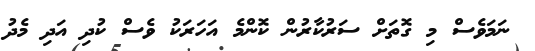
ނަމަވެސް މި ގޮތަށް ސަރުކާރުން ކޮންމެ އަހަރަކު ވެސް ކުދި އަދި މެދު